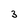
Character: 3